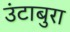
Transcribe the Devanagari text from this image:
उंटाबुरा